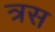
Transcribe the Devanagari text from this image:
त्रस